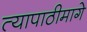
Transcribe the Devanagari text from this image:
त्यापाठीमागे